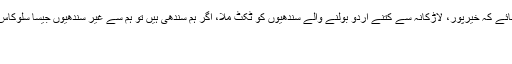
فاروق ستار نے سوال کیا کہ صرف ایک مثال دی جائے کہ خیرپور، لاڑکانہ سے کتنے اردو بولنے والے سندھیوں کو ٹکٹ ملا، اگر ہم سندھی ہیں تو ہم سے غیر سندھیوں جیسا سلوکاس خبر کی تفصیل پڑھنے کیلئے یہاں پر کلک کیجئے
04/01/2014 - 19:48:41 :وقت اشاعت
:متعلقہ عنوان سندھفاروق ستار